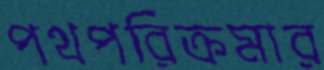
পথপরিক্রমার